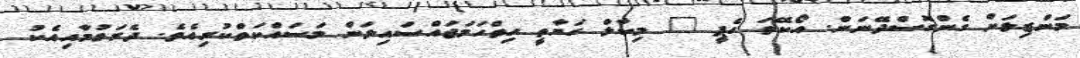
މަންޒިލަށް ގެންގޮސްދޭނަން. އޯކޭތަ ހެޕީ " މިކާލް ހަޔާތީ ހިތްހަމަޖައްސައިލަން މަސައްކަތްކުރިއެވެ. ދެރަވުމާއިއެކު